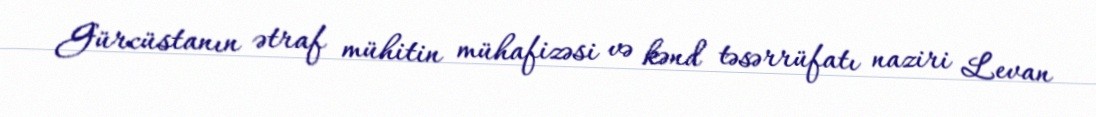
Gürcüstanın ətraf mühitin mühafizəsi və kənd təsərrüfatı naziri Levan